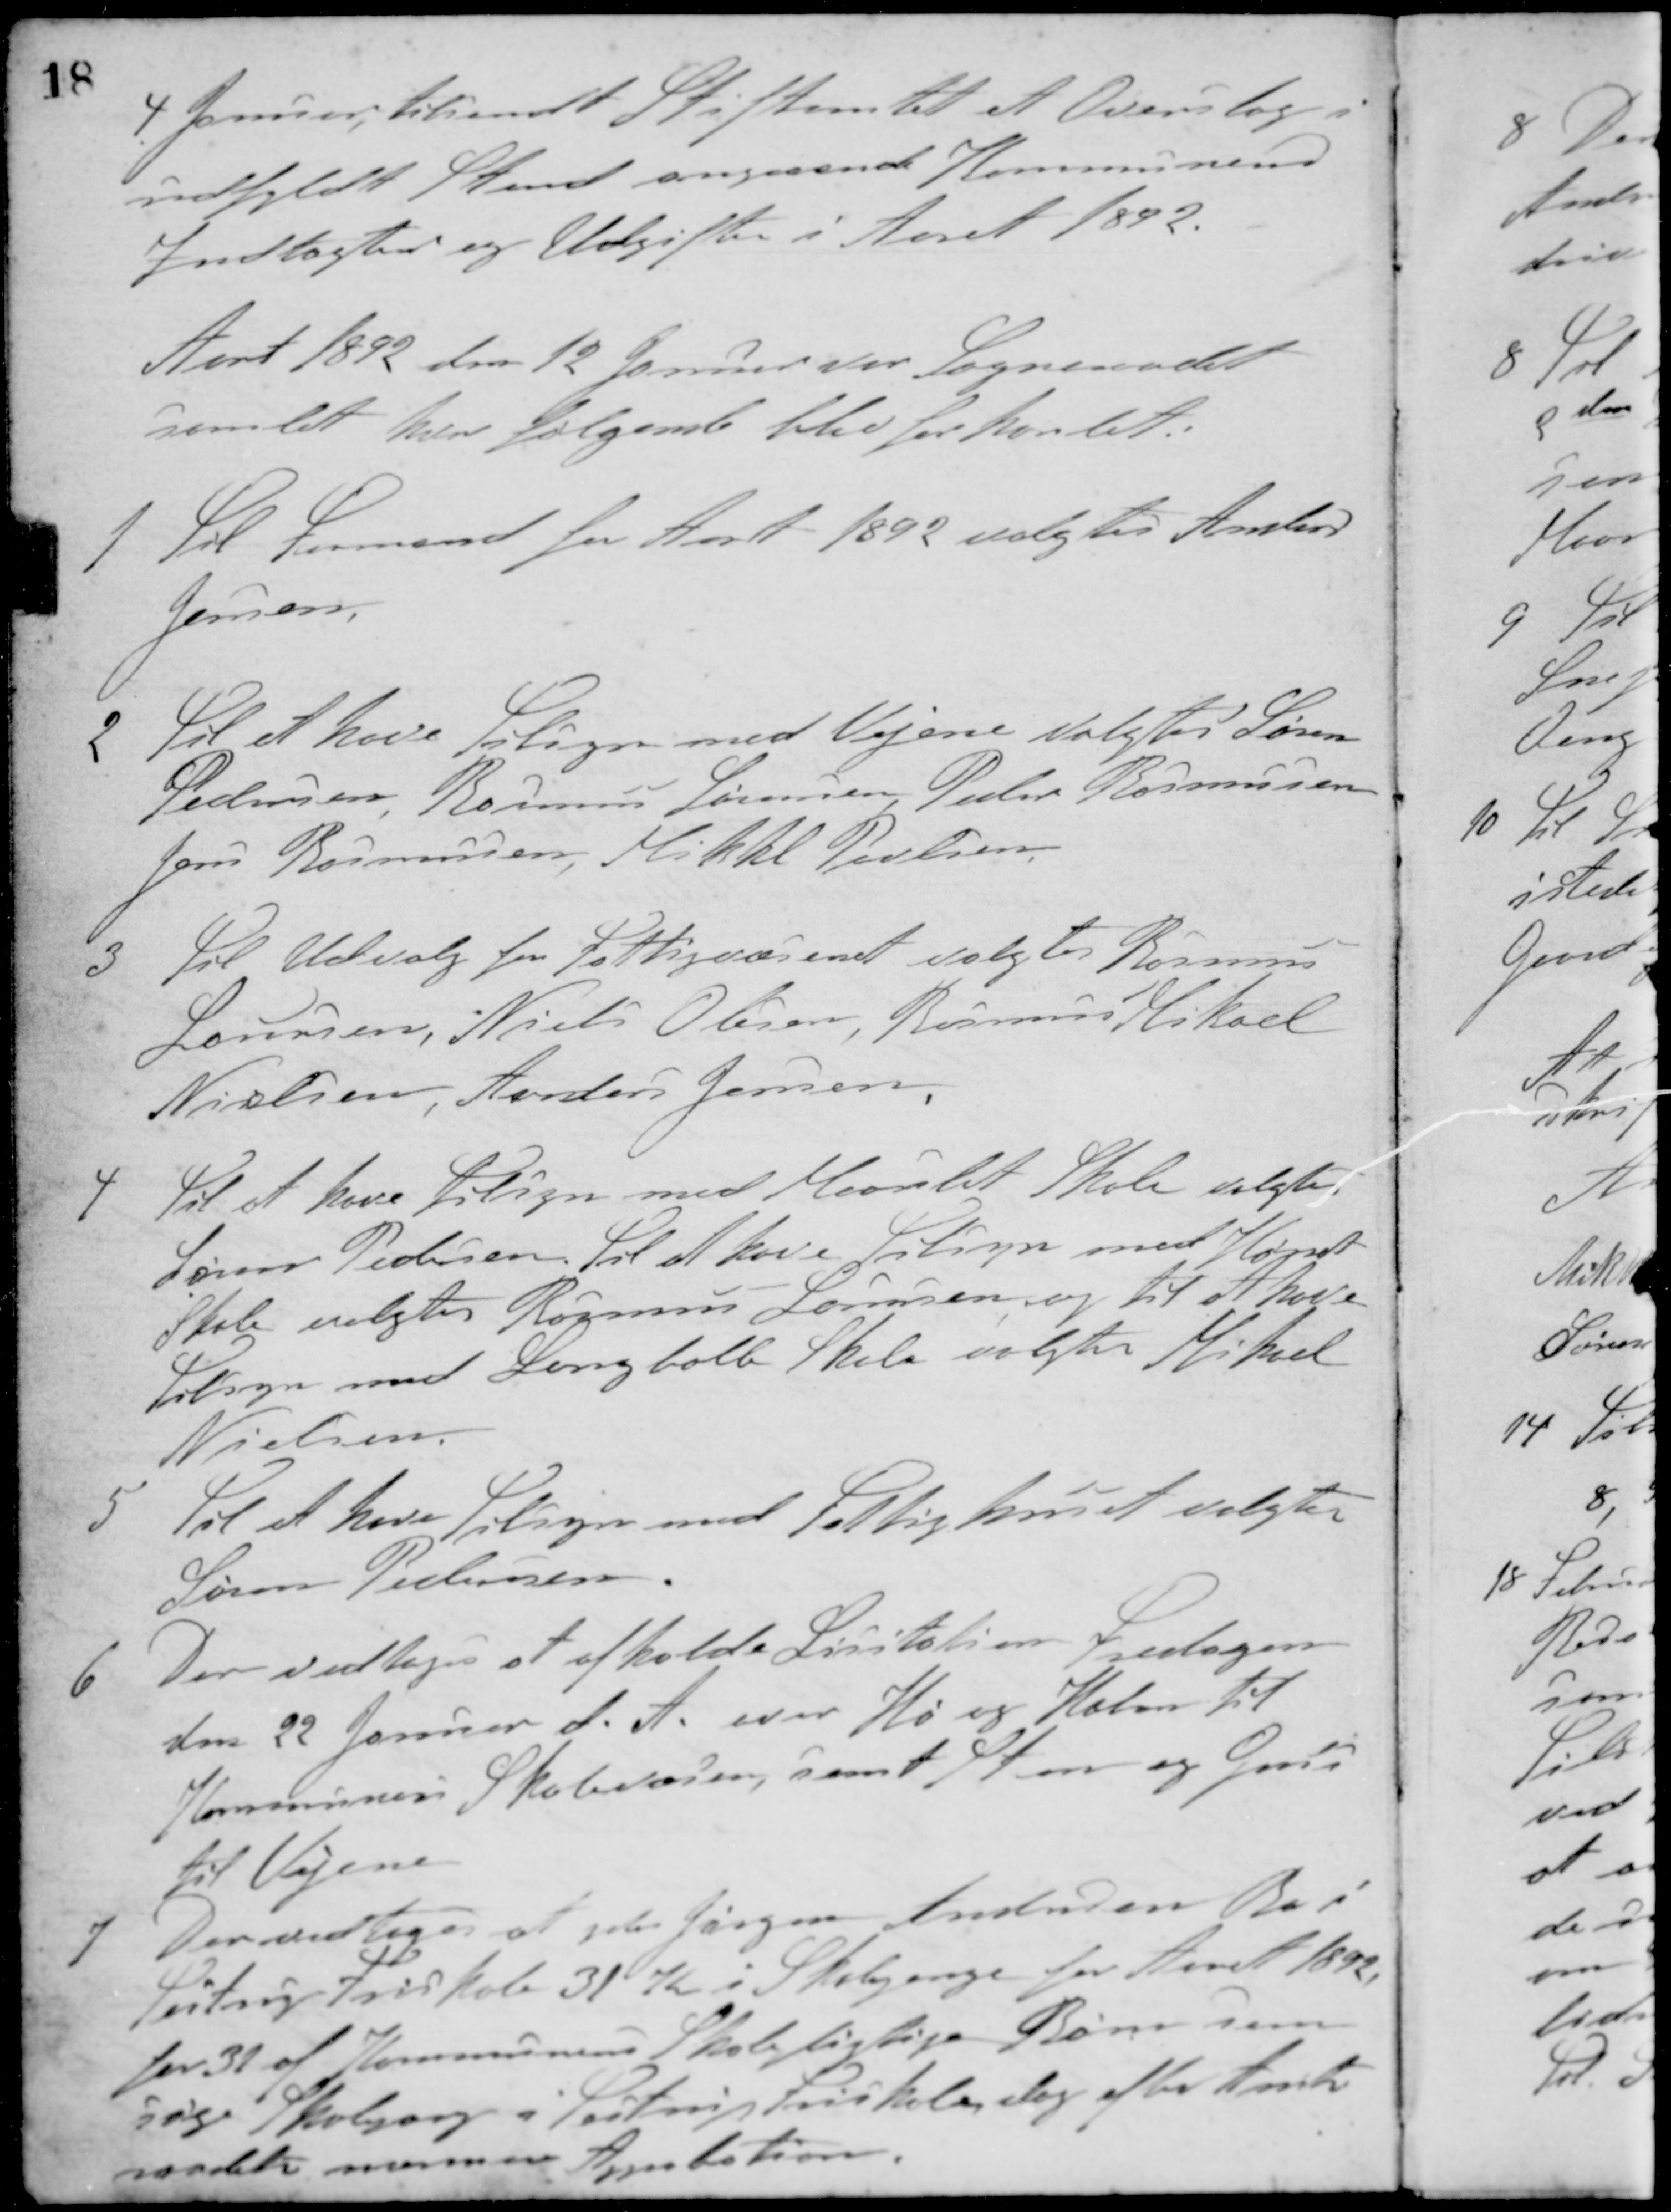
Transskription:
4. Januar, tilsendt Stiftamtet et Overslag i
udfyldt Stand angaaende Kommunens
indtægter og Udgifter i Aaret 1892.
Aaret 1892 den 12 Januar var Sogneraadet
samlet hvor følgende blev forhandlet.
1. Til Formand for Aaret 1892 valgtes Anders
Jensen.
2 Til at have Tilsyn med Vejene valgtes Søren
Pedersen, Rasmus Sørensen, Peder Rasmussen
Jens Rasmussen, Mikkel Povlsen
3 Til Udvalg for Fattigvæsenet valgtes Rasmus
Laursen, Niels Olesen, Rasmus Mikael
Nielsen, Anders Jensen.
4 Til at have Tilsyn med Maarslet Skole valgtes
Søren Pedersen. Til at have Tilsyn med Hørret
Skole valgtes Rasmus Sørensen og til at have
Tilsyn med Langballe Skole valgtes Mikael
Nielsen.
5 Til at have Tilsyn med Fattighuset valgtes
Søren Pedersen.
6. Der vedtoges at afholde Licitation Fredagen
den 22 Januar d. A. over Hø og Halm til
Kommunens Skolevæsen, samt Sten og Grus
til Vejene
7 Der vedtoges at yde Jørgen Andersen Bo i
Testrup Friskole 31 K. i Skolepenge for Aaret 1892.
for 31 af Kommunens Skolepligtige Børn som
søge Skolegang i Testrup friskole er dog efter Amts-
raadets nærmere Aprobation.